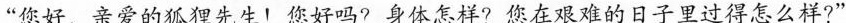
”您好，亲爱的狐狸先生！您好吗?身体怎样?您在艰难的日子里过得怎么样?”